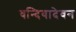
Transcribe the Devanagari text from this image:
वन्दियादेवन